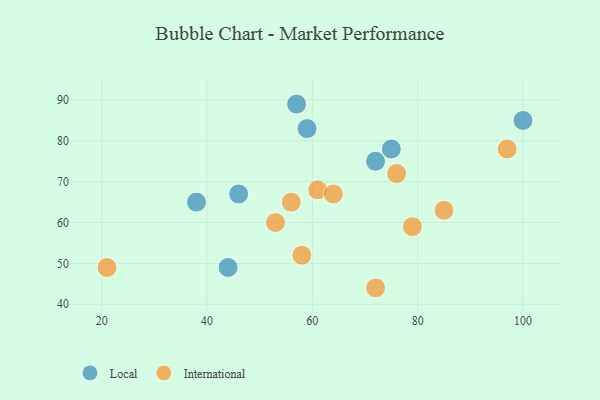
{"axis": {"x": "GDP", "y": "Life Expectancy"}, "legend": ["International", "Local"], "data": [{"x": "75", "y": 78, "type": "Local"}, {"x": "100", "y": 85, "type": "Local"}, {"x": "46", "y": 67, "type": "Local"}, {"x": "72", "y": 75, "type": "Local"}, {"x": "44", "y": 49, "type": "Local"}, {"x": "59", "y": 83, "type": "Local"}, {"x": "38", "y": 65, "type": "Local"}, {"x": "57", "y": 89, "type": "Local"}, {"x": "56", "y": 65, "type": "International"}, {"x": "58", "y": 52, "type": "International"}, {"x": "85", "y": 63, "type": "International"}, {"x": "97", "y": 78, "type": "International"}, {"x": "79", "y": 59, "type": "International"}, {"x": "61", "y": 68, "type": "International"}, {"x": "53", "y": 60, "type": "International"}, {"x": "21", "y": 49, "type": "International"}, {"x": "72", "y": 44, "type": "International"}, {"x": "64", "y": 67, "type": "International"}, {"x": "76", "y": 72, "type": "International"}]}